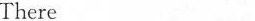
-There__.